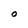
Character: O